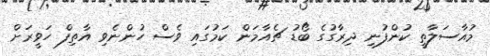
މުއާސަލާތީ ކުންފުނި ދިރާގުގެ ބޯޑު ޗެއާމަން ކަމުގައި ވެސް ހުންނެވި އާތިފް ހަވީރަށް